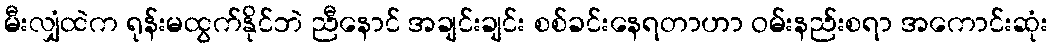
မီးလျှံထဲက ရုန်းမထွက်နိုင်ဘဲ ညီနောင် အချင်းချင်း စစ်ခင်းနေရတာဟာ ဝမ်းနည်းစရာ အကောင်းဆုံး